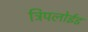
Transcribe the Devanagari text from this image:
ट्रिपलोईड